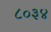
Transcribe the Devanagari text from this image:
८०३४